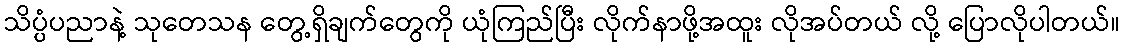
သိပ္ပံပညာနဲ့ သုတေသန တွေ့ရှိချက်တွေကို ယုံကြည်ပြီး လိုက်နာဖို့အထူး လိုအပ်တယ် လို့ ပြောလိုပါတယ်။